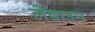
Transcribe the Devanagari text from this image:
लेडाउन